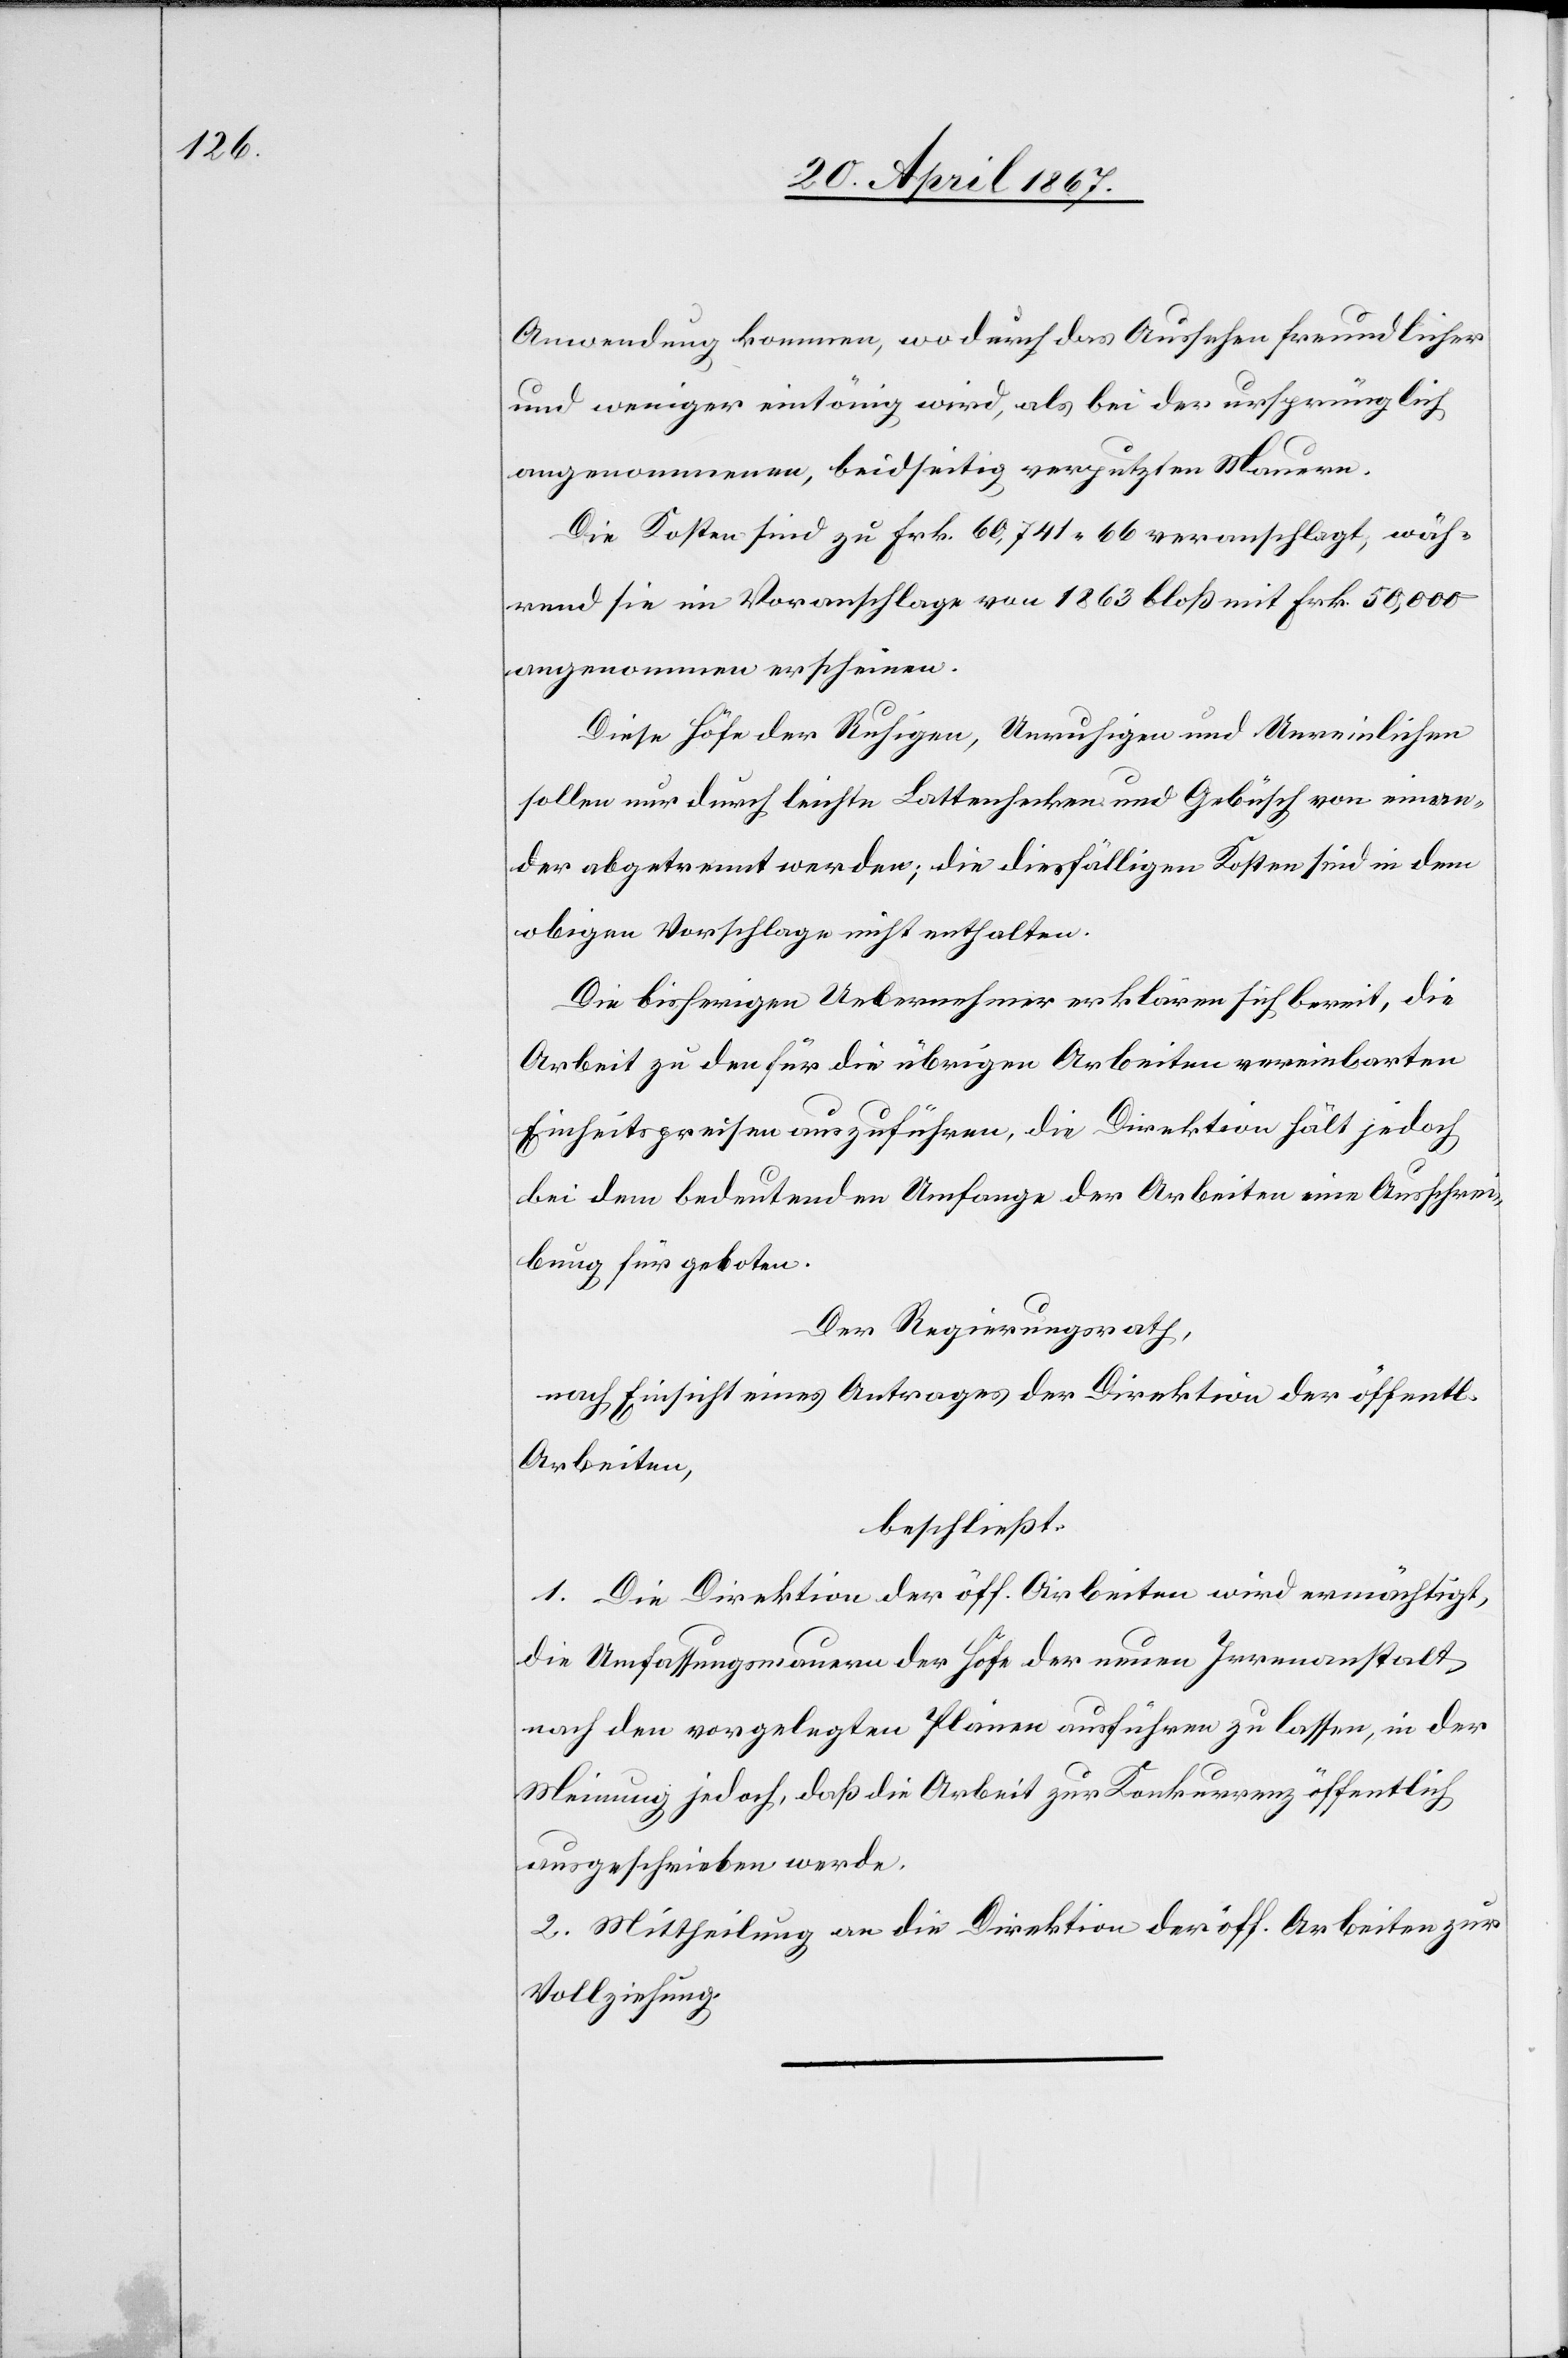
Anwendung kommen, wodurch das Aussehen freundlicher
und weniger eintönig wird, als bei der ursprünglich
angenommenen, beidseitig verputzten Mauern.
Die Kosten sind zu Frk. 60,741. 66 veranschlagt, wäh¬
rend sie im Voranschlage von 1863 bloß mit Frk. 50,000
angenommen erscheinen.
Diese Höfe der Ruhigen, Unruhigen und Unreinlichen
sollen nur durch leichte Lastenhecken und Gebüsch von einan¬
der abgetrennt werden; die diesfälligen Kosten sind in dem
obigen Vorschlage nicht enthalten.
Die bisherigen Uebernehmer erklären sich bereit, die
Arbeit zu den für die übrigen Arbeiten vereinbarten
Einheitspreisen auszuführen, die Direktion hält jedoch
bei dem bedeutenden Umfange der Arbeiten eine Ausschrei¬
bung für geboten.
Der Regierungsrath,
nach Einsicht eines Antrages der Direktion der öffentl.
Arbeiten,
beschließt:
1. Die Direktion der öff. Arbeiten wird ermächtigt,
die Umfassungsmauern der Höfe der neuen Irrenanstalt
nach den vorgelegten Plänen ausführen zu lassen, in der
Meinung jedoch, daß die Arbeit zur Konkurrenz öffentlich
ausgeschrieben werde.
2. Mittheilung an die Direktion der öff. Arbeiten zur
Vollziehung.